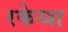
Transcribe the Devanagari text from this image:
रकेय्श